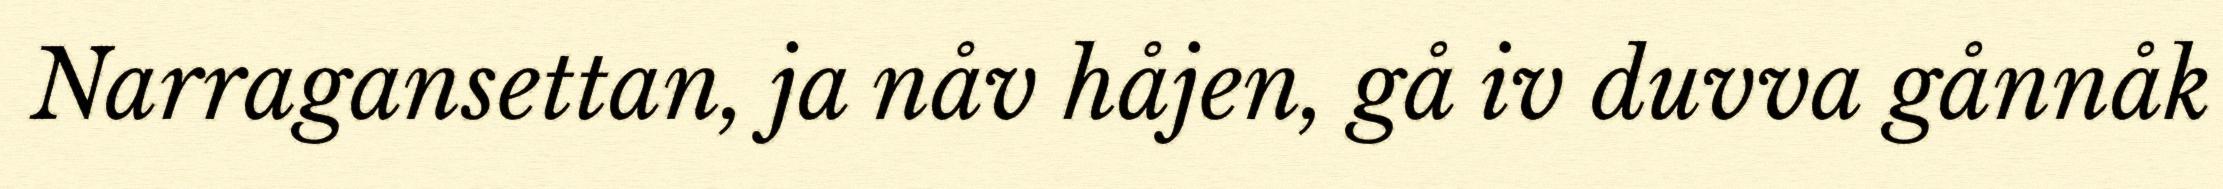
Narragansettan, ja nåv håjen, gå iv duvva gånnåk